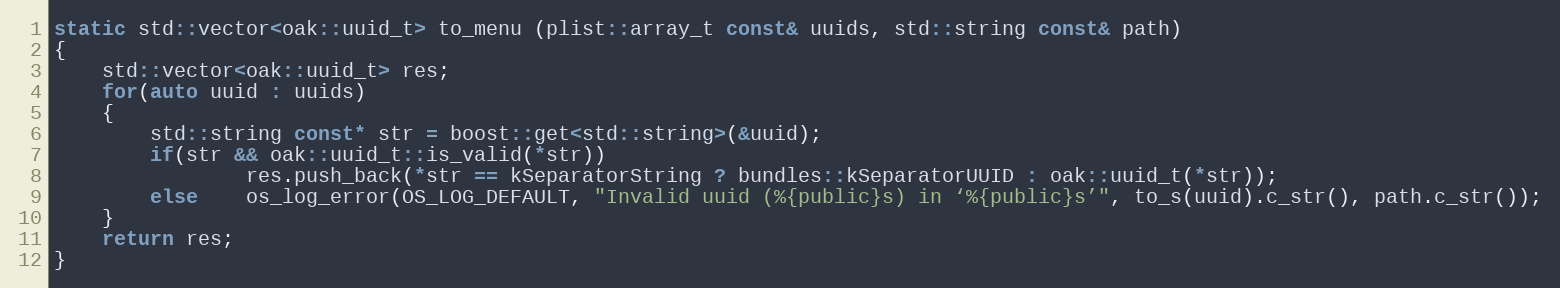
Language: C++
static std::vector<oak::uuid_t> to_menu (plist::array_t const& uuids, std::string const& path)
{
	std::vector<oak::uuid_t> res;
	for(auto uuid : uuids)
	{
		std::string const* str = boost::get<std::string>(&uuid);
		if(str && oak::uuid_t::is_valid(*str))
				res.push_back(*str == kSeparatorString ? bundles::kSeparatorUUID : oak::uuid_t(*str));
		else	os_log_error(OS_LOG_DEFAULT, "Invalid uuid (%{public}s) in ‘%{public}s’", to_s(uuid).c_str(), path.c_str());
	}
	return res;
}